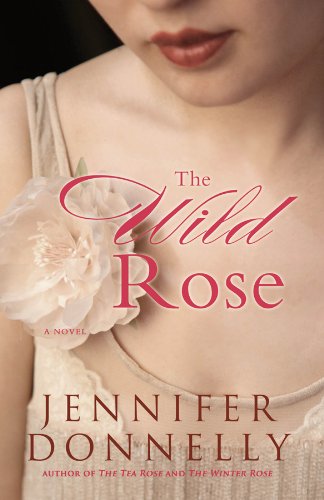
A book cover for The Wild Rose; Jennifer Donnelly; Romance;